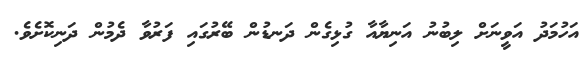
އަހުމަދު އަވީނަށް ލިބުނު އަނިޔާއާ ގުޅިގެން ދަނޑުން ބޭރުގައި ފަރުވާ ދެމުން ދަނިކޮށެވެ.